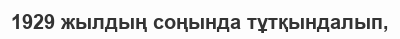
1929 жылдың соңында тұтқындалып,